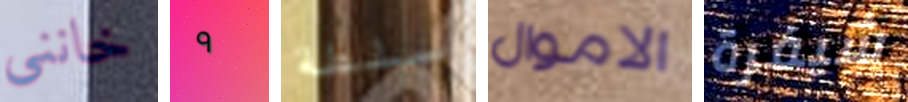
خانني ٩ سلطة الاموال شيفرة